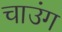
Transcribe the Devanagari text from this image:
चाउंग